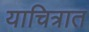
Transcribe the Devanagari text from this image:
याचित्रात